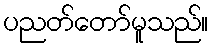
ပညတ်တော်မူသည်။